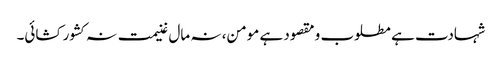
شہادت ہے مطلوب و مقصود ہے مومن، نہ مال غنیمت نہ کشور کشائی۔